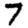
Digit: 7